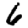
Digit: 6